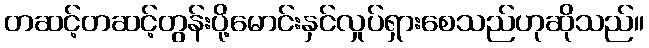
တဆင့်တဆင့်တွန်းပို့မောင်းနှင်လှုပ်ရှားစေသည်ဟုဆိုသည်။